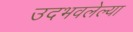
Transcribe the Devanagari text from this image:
उदभवलेल्या